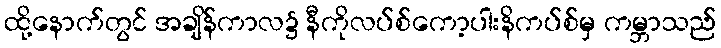
ထို့နောက်တွင် အချိန်ကာလ၌ နီကိုလပ်စ်ကော့ပါးနိကပ်စ်မှ ကမ္ဘာသည်